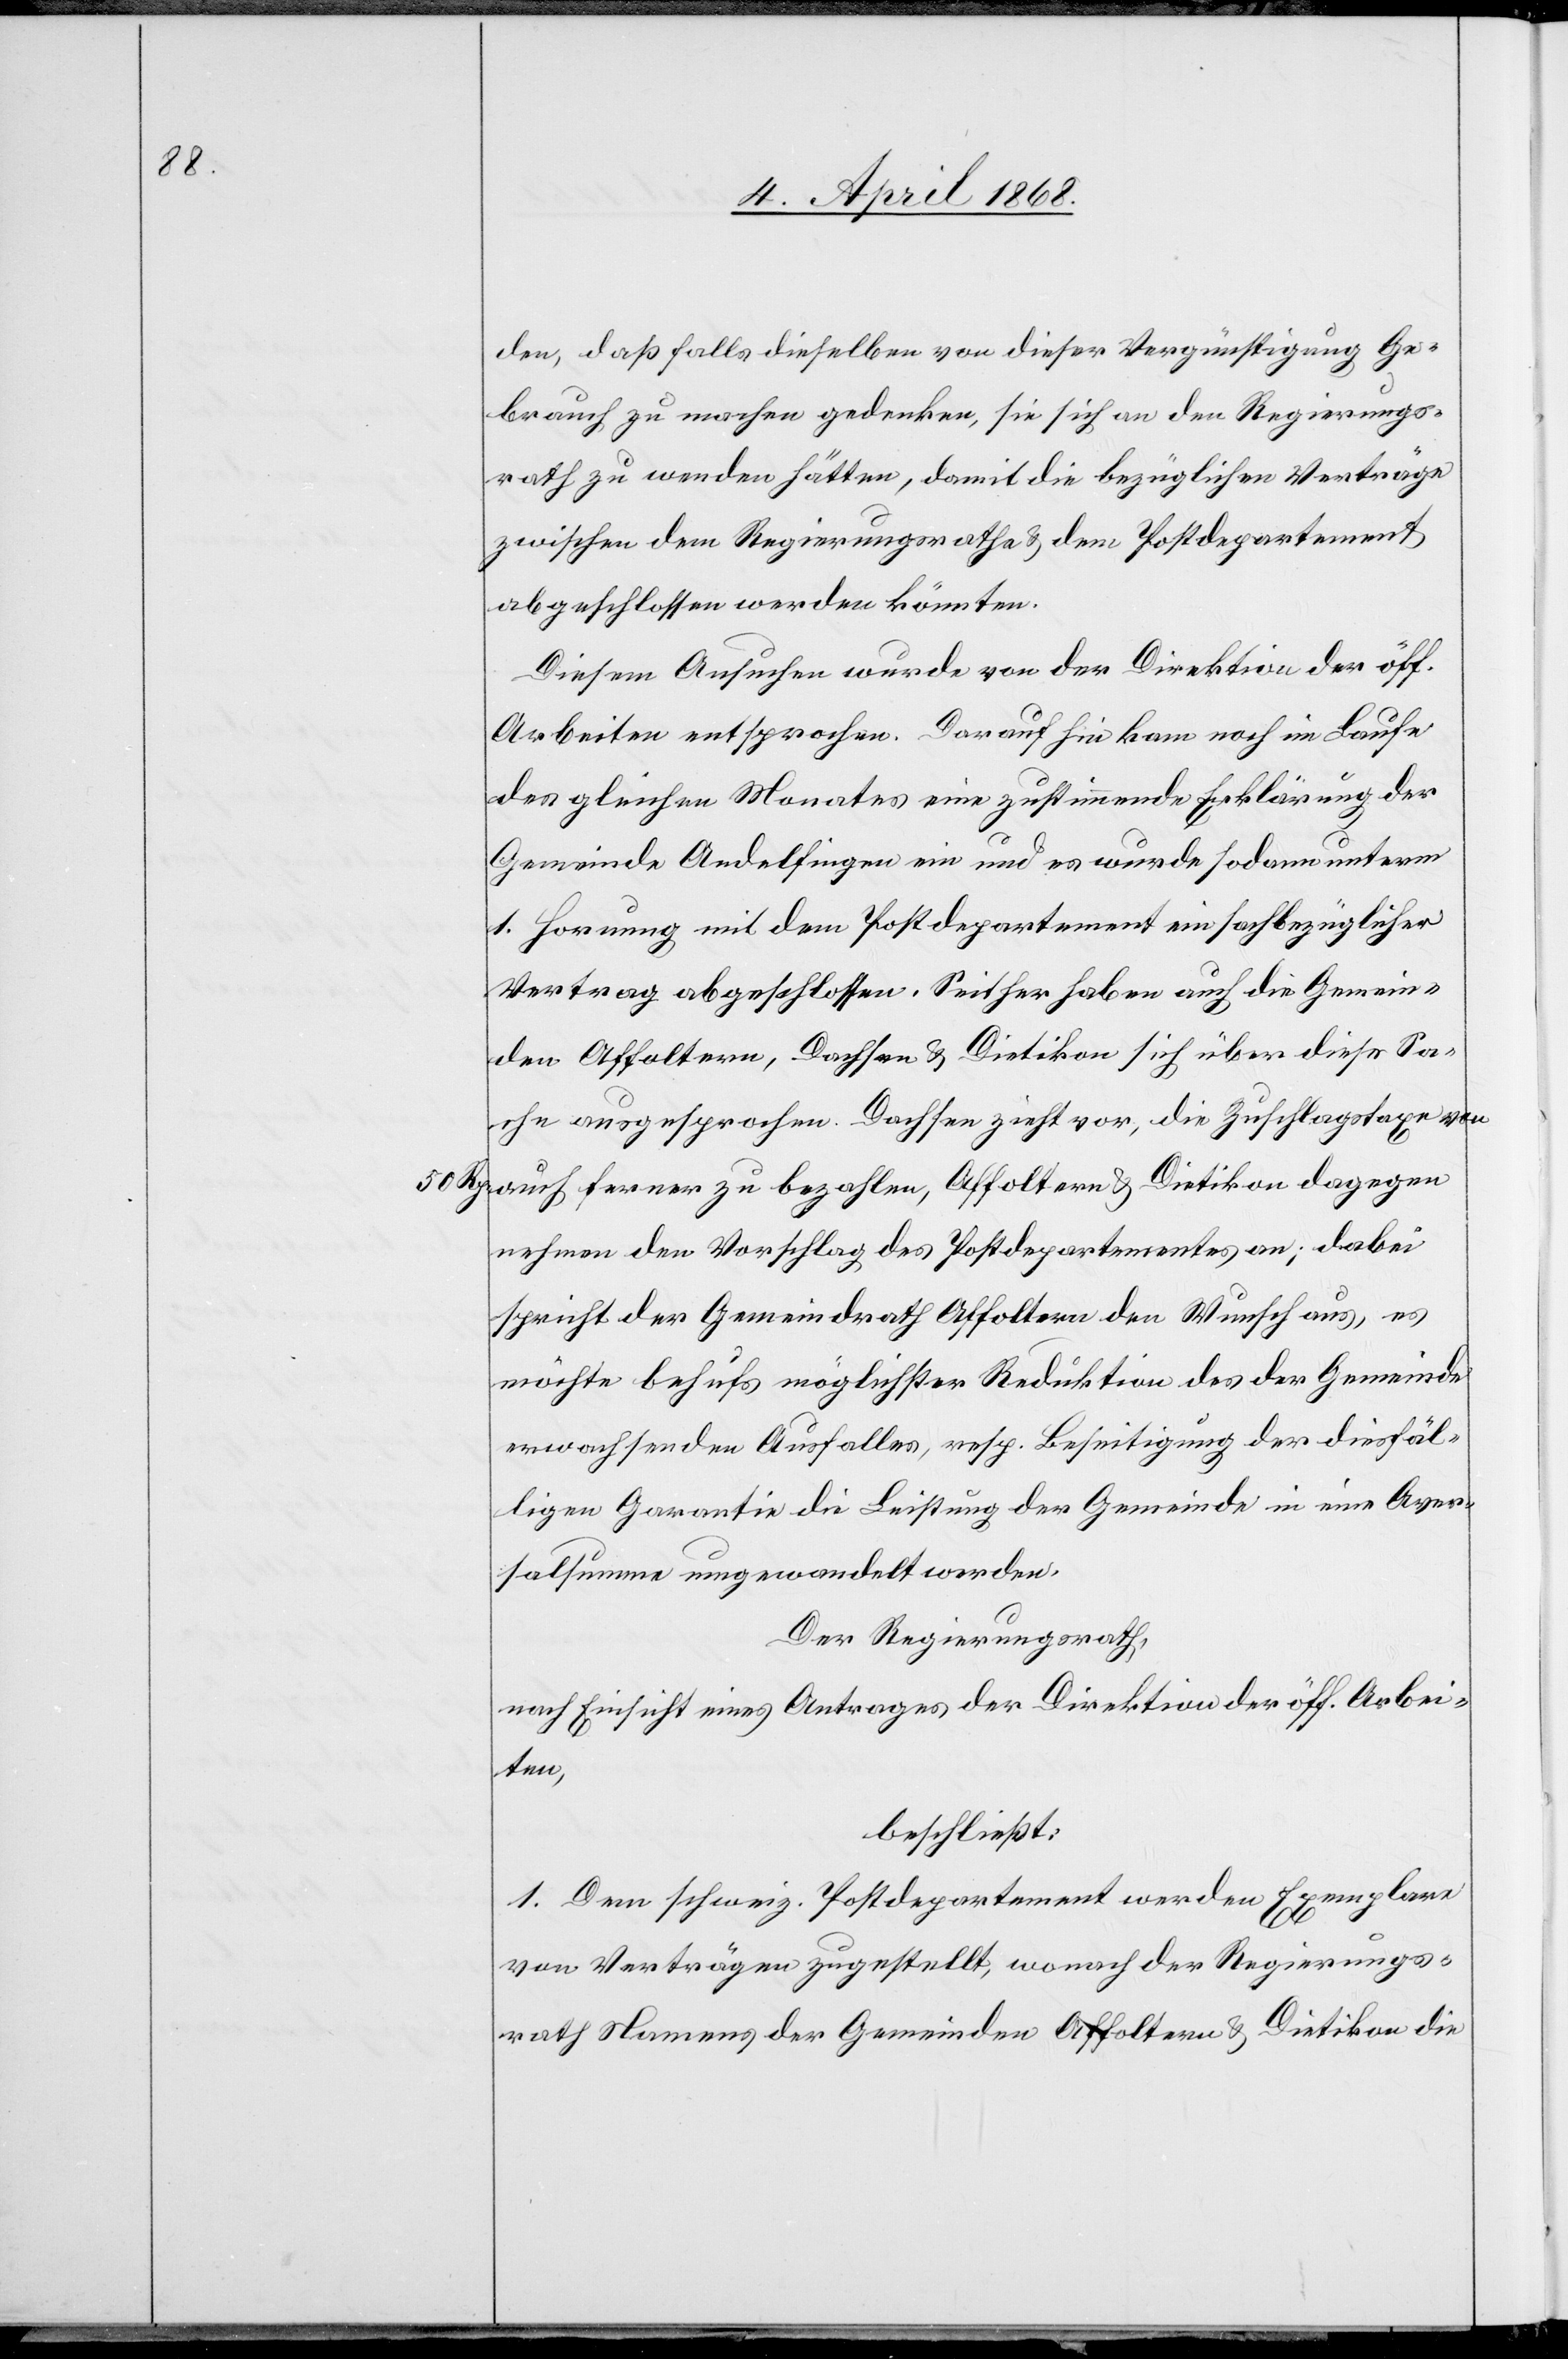
50 Rp.

den, daß falls dieselben von dieser Vergünstigung Ge¬
brauch zu machen gedenken, sie sich an den Regierungs¬
rath zu wenden hätten, damit die bezüglichen Verträge
zwischen dem Regierungsrathe & dem Postdepartement
abgeschlossen werden könnten.
Diesem Ansuchen wurde von der Direktion der öff.
Arbeiten entsprochen. Darauf hin kam noch im Laufe
des gleichen Monates eine zustimmende Erklärung der
Gemeinde Andelfingen ein und es wurde sodann unterm
1. Hornung mit dem Postdepartement ein sachbezüglicher
Vertrag abgeschlossen. Seither haben auch die Gemein¬
den Affoltern, Dachsen & Dietikon sich über diese Sa¬
che ausgesprochen. Dachsen zieht vor, die Zuschlagstaxe von
auch ferner zu bezahlen, Affoltern & Dietikon dagegen
nehmen den Vorschlag des Postdepartementes an; dabei
spricht der Gemeindrath Affoltern den Wunsch aus, es
möchte behufs möglichster Reduktion des der Gemeinde
erwachsenden Ausfalles, resp. Beseitigung der diesfäl¬
ligen Garantie die Leistung der Gemeinde in eine Aver¬
salsumme umgewandelt werden.
Der Regierungsrath,
nach Einsicht eines Antrages der Direktion der öff. Arbei¬
ten,
beschließt:
1. Dem schweiz. Postdepartement werden Exemplare
von Verträgen zugestellt, wonach der Regierungs¬
rath Namens der Gemeinden Affoltern & Dietikon die